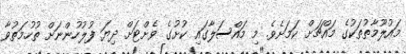
މައުލޫމާތުތަކުގެ މައްޗަށް ކަމަށެވެ. މި މައްސަލާގައި ކުށުގެ ވެށްޓަށް ދިޔަ ފުލުހުންނަށް ތުހުމަތުވާ